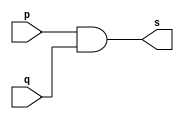
// -------------------------------------------------
// -- Exemplo003 - 	AND
// -- Nome:				Alexandre Palmieri Sad
// -- Matricula:		440265
// -------------------------------------------------



// -------------------------------------------------
// -- and gate
// -------------------------------------------------
module andgate(output s, input p, input q);
	assign s = p & q;
endmodule // -- andgate

// -------------------------------------------------
// -- teste and gate
// -------------------------------------------------

module testandgate;
	// --------------------------------- dados locais
		reg a, b;	// -- definir registradores
		wire s;		// -- definir conexao
	
	// ------------------------------------ instancia
		andgate AND1(s, a, b);
		
	// ----------------------------------- preparacao
		initial begin: start
			a = 0; // -- atribuicao simultanea dos
			b = 0; // -- valores iniciais
		end
		
	// ------------------------------ parte principal
		initial begin
			$display("Exemplo003 - Sad - 440265");
			$display("Teste AND gate");
			$display("\na & b = s\n");
			a = 0;
			b = 0;
		#1 $display("%b & %b = %b", a, b , s);
			a = 0;
			b = 1;
		#1 $display("%b & %b = %b", a, b , s);
			a = 1;
			b = 0;
		#1 $display("%b & %b = %b", a, b , s);
			a = 1;
			b = 1;
		#1 $display("%b & %b = %b", a, b , s);
		end
endmodule // -- testandgate